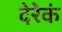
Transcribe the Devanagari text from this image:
देरेकं